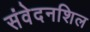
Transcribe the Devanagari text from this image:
संवेदनशिल